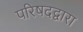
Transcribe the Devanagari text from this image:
परिषदद्वारा